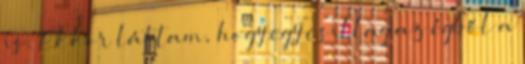
is. Ekkor láttam, hogy egy csillag az égből a